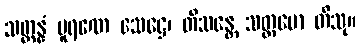
သတ္တန္နံ ပူရဏေ သေဋ္ဌေ၊ တိသန္တေ သတ္တမော တိသု။